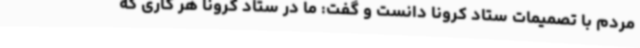
مردم با تصمیمات ستاد کرونا دانست و گفت: ما در ستاد کرونا هر کاری که